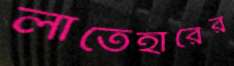
লাতেহারের